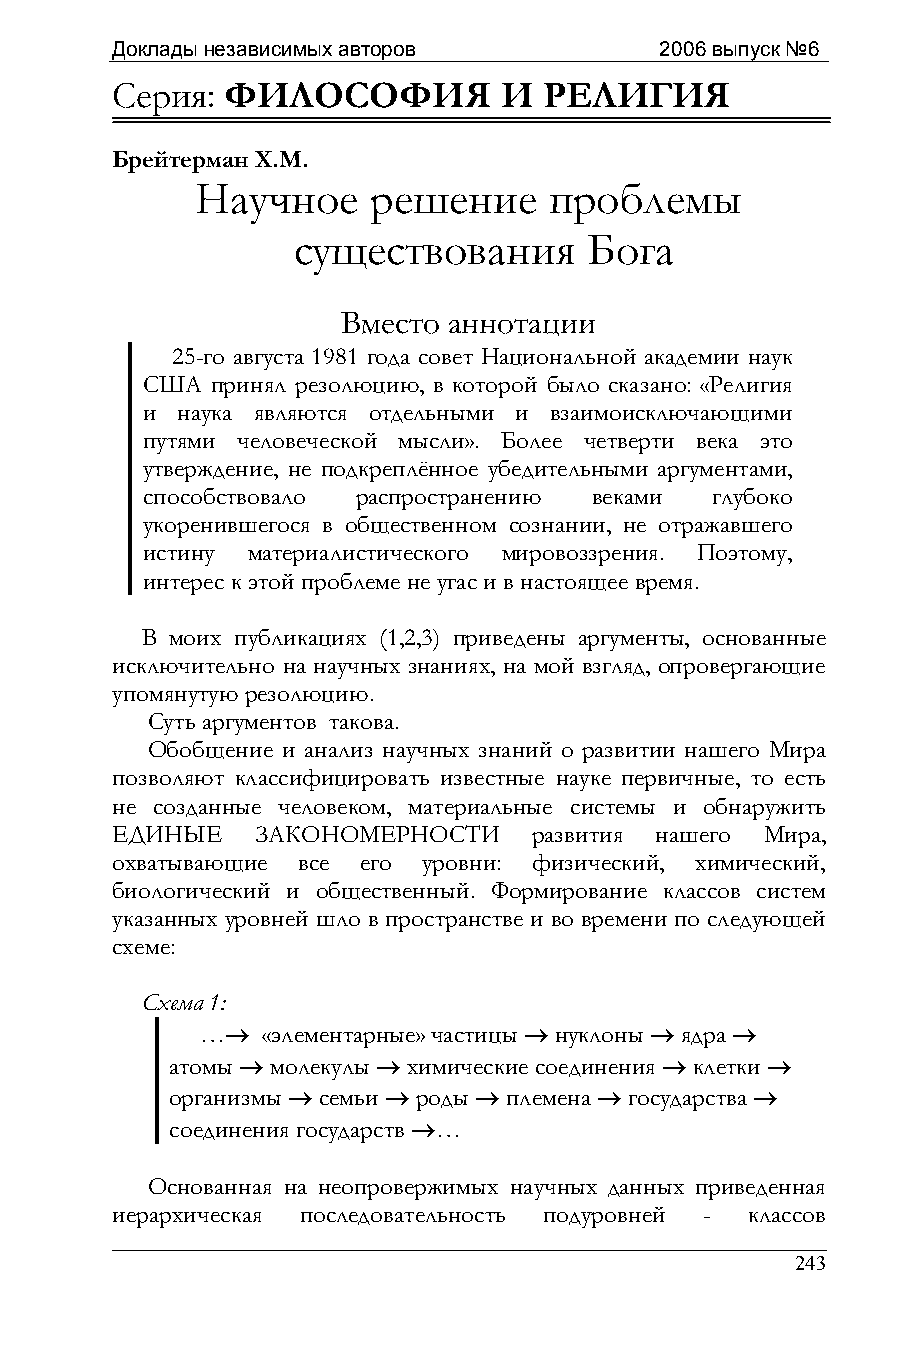
Доклады независимых авторов          2006 выпуск №6
 Серия:  ФИЛОСОФИЯ         И  РЕЛИГИЯ
 Брейтерман Х.М.
 Научное    решение     проблемы
 существования       Бога
 Вместо аннотации
 25-го августа 1981 года совет Национальной академии наук
 США  принял резолюцию, в которой было сказано: «Религия
 и  наука являются отдельными и взаимоисключающими
 путями человеческой мысли». Более четверти века это
 утверждение, не подкреплённое убедительными аргументами,
 способствовало распространению веками глубоко
 укоренившегося в общественном сознании, не отражавшего
 истину материалистического мировоззрения. Поэтому,
 интерес к этой проблеме не угас и в настоящее время.
 В моих публикациях (1,2,3) приведены аргументы, основанные
 исключительно на научных знаниях, на мой взгляд, опровергающие
 упомянутую резолюцию.
 Суть аргументов такова.
 Обобщение и анализ научных знаний о развитии нашего Мира
 позволяют классифицировать известные науке первичные, то есть
 не созданные человеком, материальные системы и обнаружить
 ЕДИНЫЕ    ЗАКОНОМЕРНОСТИ    развития нашего Мира,
 охватывающие все его уровни: физический, химический,
 биологический и общественный. Формирование классов систем
 указанных уровней шло в пространстве и во времени по следующей
 схеме:
 Схема 1:
 …→  «элементарные» частицы → нуклоны → ядра →
 атомы → молекулы → химические соединения → клетки →
 организмы → семьи → роды → племена → государства →
 соединения государств →…
 Основанная на неопровержимых научных данных приведенная
 иерархическая последовательность подуровней - классов
 243